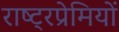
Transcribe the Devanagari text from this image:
राष्ट्रप्रेमियों